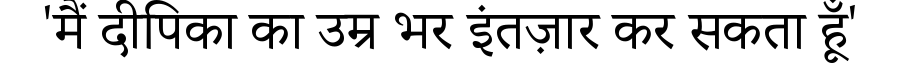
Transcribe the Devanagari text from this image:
'मैं दीपिका का उम्र भर इंतज़ार कर सकता हूँ'